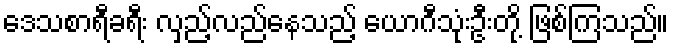
ဒေသစာရီခရီး လှည့်လည်နေသည့် ယောဂီသုံးဦးတို့ ဖြစ်ကြသည်။